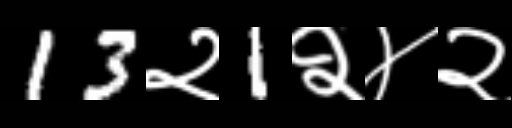
Text: 13२1२४२